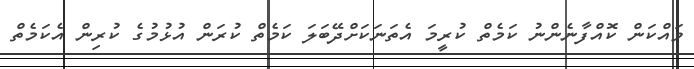
ވައްކަން ކޮއްފާނެންނު ކަމެތް ކުރީމަ އެތަނަކަށްދޭބަލަ ކަމެތް ކުރަން އުޅުމުގެ ކުރިން އެކަމެތް